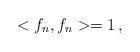
LaTeX: \begin{align*}<f_n,f_n> = 1 \, , \end{align*}